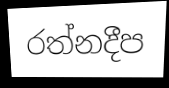
රත්නදීප